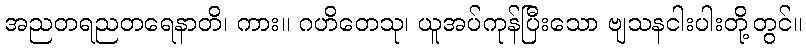
အညတရညတရေနာတိ၊ ကား။ ဂဟိတေသု၊ ယူအပ်ကုန်ပြီးသော ဗျသနငါးပါးတို့တွင်။